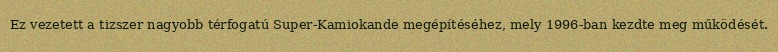
Ez vezetett a tizszer nagyobb térfogatú Super-Kamiokande megépítéséhez, mely 1996-ban kezdte meg működését.